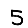
Digit: 5